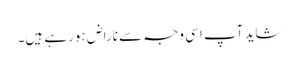
شاید آپ اسی وجہ سے ناراض ہورہے ہیں۔